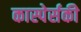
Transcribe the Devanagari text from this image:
कास्पेर्सकी